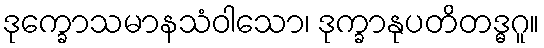
ဒုက္ခောသမာနသံဝါသော၊ ဒုက္ခာနုပတိတဒ္ဓဂူ။